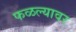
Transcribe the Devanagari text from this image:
फळल्यावर